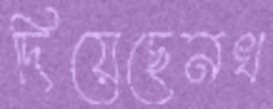
দিয়েছেনখ